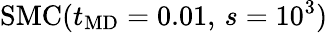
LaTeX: \mathrm{SMC}(t_{\mathrm{MD}}=0.01,\, s=10^{3})